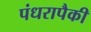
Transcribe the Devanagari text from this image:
पंधरापैकी